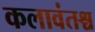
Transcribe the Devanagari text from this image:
कलावंतश्च